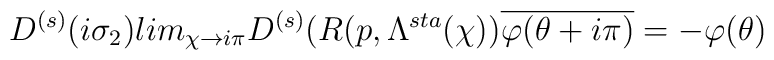
D^{(s)}(i\sigma _{2})lim_{\chi \rightarrow i\pi }D^{(s)}(R(p,\Lambda^{sta}(\chi ))\overline{\varphi (\theta +i\pi )}=-\varphi (\theta )